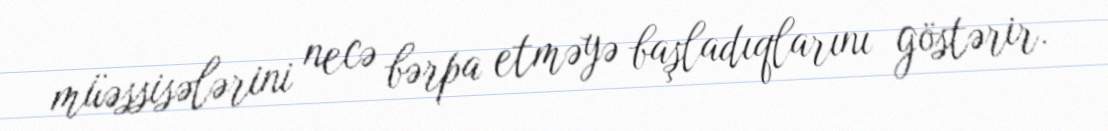
müəssisələrini necə bərpa etməyə başladıqlarını göstərir.